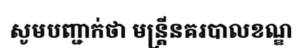
សូមបញ្ជាក់ថា មន្ត្រីនគរបាលខណ្ឌ